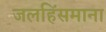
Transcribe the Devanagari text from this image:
जलहिंसमाना